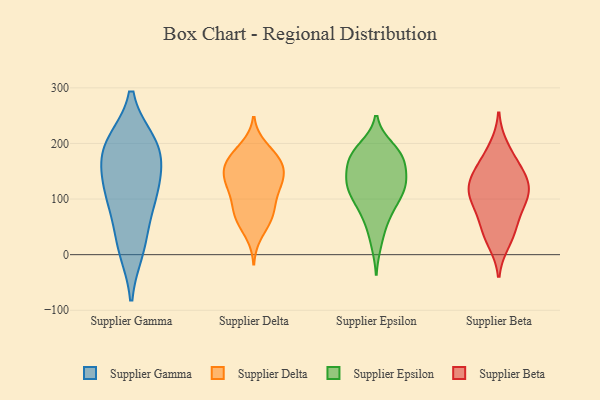
{"axis": {"x": "Shipments", "y": "Value"}, "legend": ["Supplier Beta", "Supplier Delta", "Supplier Epsilon", "Supplier Gamma"], "data": [{"x": "", "y": 176, "type": "Supplier Gamma"}, {"x": "", "y": 111, "type": "Supplier Gamma"}, {"x": "", "y": 197, "type": "Supplier Gamma"}, {"x": "", "y": 23, "type": "Supplier Gamma"}, {"x": "", "y": 195, "type": "Supplier Gamma"}, {"x": "", "y": 200, "type": "Supplier Gamma"}, {"x": "", "y": 146, "type": "Supplier Gamma"}, {"x": "", "y": 11, "type": "Supplier Gamma"}, {"x": "", "y": 90, "type": "Supplier Gamma"}, {"x": "", "y": 109, "type": "Supplier Gamma"}, {"x": "", "y": 126, "type": "Supplier Delta"}, {"x": "", "y": 67, "type": "Supplier Delta"}, {"x": "", "y": 36, "type": "Supplier Delta"}, {"x": "", "y": 97, "type": "Supplier Delta"}, {"x": "", "y": 119, "type": "Supplier Delta"}, {"x": "", "y": 150, "type": "Supplier Delta"}, {"x": "", "y": 128, "type": "Supplier Delta"}, {"x": "", "y": 95, "type": "Supplier Delta"}, {"x": "", "y": 188, "type": "Supplier Delta"}, {"x": "", "y": 62, "type": "Supplier Delta"}, {"x": "", "y": 173, "type": "Supplier Delta"}, {"x": "", "y": 154, "type": "Supplier Delta"}, {"x": "", "y": 70, "type": "Supplier Delta"}, {"x": "", "y": 166, "type": "Supplier Delta"}, {"x": "", "y": 136, "type": "Supplier Delta"}, {"x": "", "y": 73, "type": "Supplier Delta"}, {"x": "", "y": 194, "type": "Supplier Delta"}, {"x": "", "y": 130, "type": "Supplier Delta"}, {"x": "", "y": 164, "type": "Supplier Delta"}, {"x": "", "y": 165, "type": "Supplier Delta"}, {"x": "", "y": 168, "type": "Supplier Epsilon"}, {"x": "", "y": 154, "type": "Supplier Epsilon"}, {"x": "", "y": 83, "type": "Supplier Epsilon"}, {"x": "", "y": 56, "type": "Supplier Epsilon"}, {"x": "", "y": 123, "type": "Supplier Epsilon"}, {"x": "", "y": 181, "type": "Supplier Epsilon"}, {"x": "", "y": 175, "type": "Supplier Epsilon"}, {"x": "", "y": 192, "type": "Supplier Epsilon"}, {"x": "", "y": 125, "type": "Supplier Epsilon"}, {"x": "", "y": 78, "type": "Supplier Epsilon"}, {"x": "", "y": 102, "type": "Supplier Epsilon"}, {"x": "", "y": 127, "type": "Supplier Epsilon"}, {"x": "", "y": 174, "type": "Supplier Epsilon"}, {"x": "", "y": 123, "type": "Supplier Epsilon"}, {"x": "", "y": 115, "type": "Supplier Epsilon"}, {"x": "", "y": 21, "type": "Supplier Epsilon"}, {"x": "", "y": 188, "type": "Supplier Epsilon"}, {"x": "", "y": 142, "type": "Supplier Epsilon"}, {"x": "", "y": 50, "type": "Supplier Beta"}, {"x": "", "y": 126, "type": "Supplier Beta"}, {"x": "", "y": 40, "type": "Supplier Beta"}, {"x": "", "y": 128, "type": "Supplier Beta"}, {"x": "", "y": 193, "type": "Supplier Beta"}, {"x": "", "y": 132, "type": "Supplier Beta"}, {"x": "", "y": 158, "type": "Supplier Beta"}, {"x": "", "y": 99, "type": "Supplier Beta"}, {"x": "", "y": 163, "type": "Supplier Beta"}, {"x": "", "y": 110, "type": "Supplier Beta"}, {"x": "", "y": 23, "type": "Supplier Beta"}, {"x": "", "y": 100, "type": "Supplier Beta"}, {"x": "", "y": 79, "type": "Supplier Beta"}]}